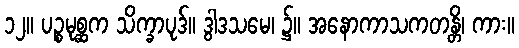
၁၂။ ပဉ္စမုစ္ဆက သိက္ခာပုဒ်။ ဒွါဒသမေ၊ ၌။ အနောကာသကတန္တိ၊ ကား။